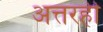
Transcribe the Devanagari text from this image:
अत्तरही